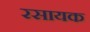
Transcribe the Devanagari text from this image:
रसायक